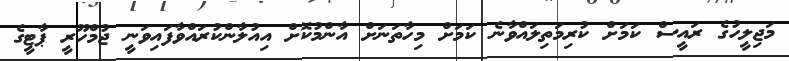
މަޖިލީހުގެ ރައީސް ކަމަށް ކުރިމަތިލައްވާނެ ކަމަށް މިހާތަނަށް އާންމުކޮށް އިއުލާންކުރައްވާފައިވަނީ ޖުމްހޫރީ ޕާޓީގެ